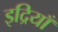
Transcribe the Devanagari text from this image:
इद्रियाँ